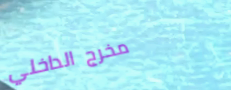
مخرج الداخلي